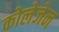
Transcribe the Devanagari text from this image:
कोलेजेन